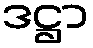
ဒဋ္ဌာ